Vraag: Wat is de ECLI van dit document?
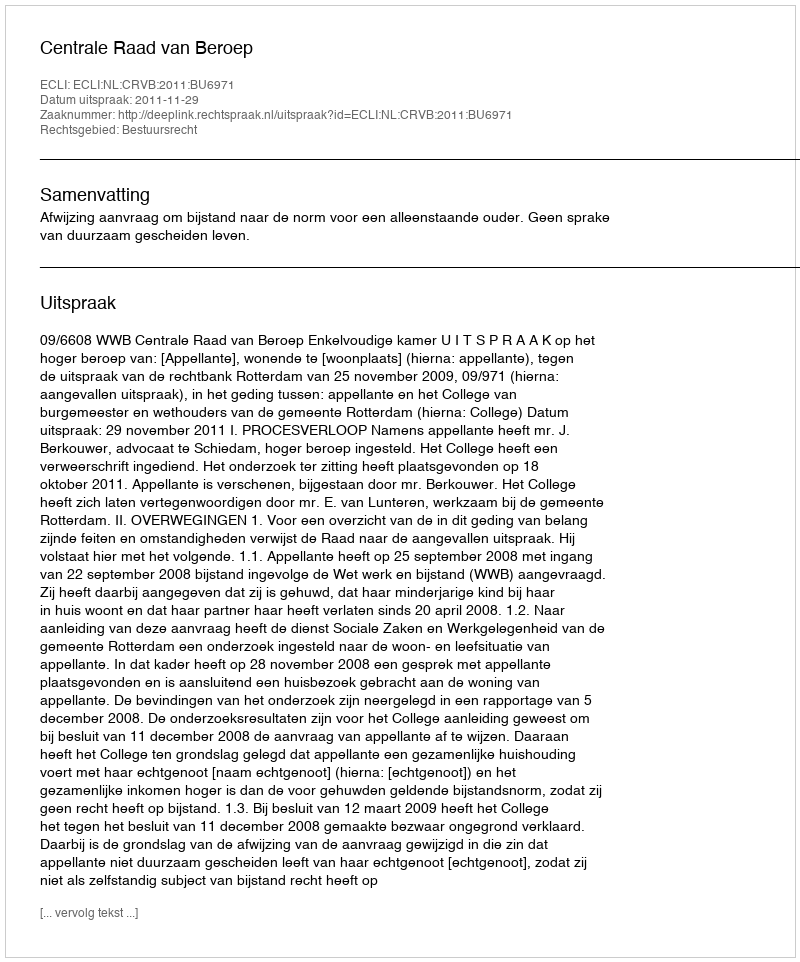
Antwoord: ECLI:NL:CRVB:2011:BU6971